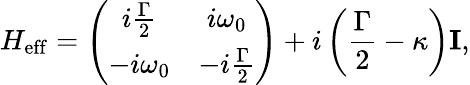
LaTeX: H_{\mathrm{eff}}=\left(\begin{array}{cc}{i\frac{\Gamma}{2}}&{i\omega_{0}}\\ {-i\omega_{0}}&{-i\frac{\Gamma}{2}}\end{array}\right)+i\left(\frac{\Gamma}{2}-\kappa\right)\mathbf{I},